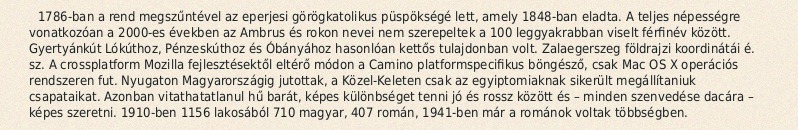
1786-ban a rend megszűntével az eperjesi görögkatolikus püspökségé lett, amely 1848-ban eladta. A teljes népességre vonatkozóan a 2000-es években az Ambrus és rokon nevei nem szerepeltek a 100 leggyakrabban viselt férfinév között. Gyertyánkút Lókúthoz, Pénzeskúthoz és Óbányához hasonlóan kettős tulajdonban volt. Zalaegerszeg földrajzi koordinátái é. sz. A crossplatform Mozilla fejlesztésektől eltérő módon a Camino platformspecifikus böngésző, csak Mac OS X operációs rendszeren fut. Nyugaton Magyarországig jutottak, a Közel-Keleten csak az egyiptomiaknak sikerült megállítaniuk csapataikat. Azonban vitathatatlanul hű barát, képes különbséget tenni jó és rossz között és – minden szenvedése dacára – képes szeretni. 1910-ben 1156 lakosából 710 magyar, 407 román, 1941-ben már a románok voltak többségben.